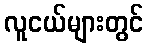
လူငယ်များတွင်